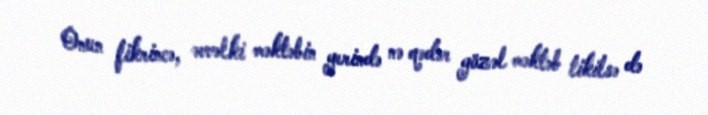
Onun fikrincə, əvvəlki məktəbin yerində nə qədər gözəl məktəb tikilsə də